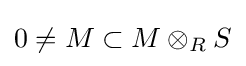
0\neq M\subset M\otimes _{R}S